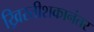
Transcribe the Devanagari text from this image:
ख्रिस्तीशकानंतर